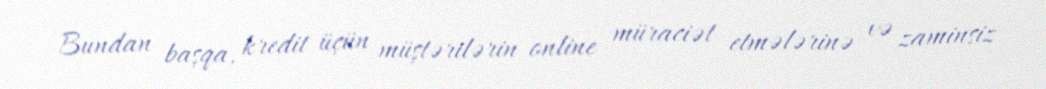
Bundan başqa, kredit üçün müştərilərin online müraciət etmələrinə və zaminsiz